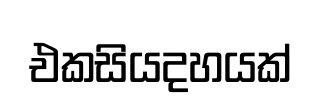
එකසියදහයක්